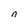
Character: n